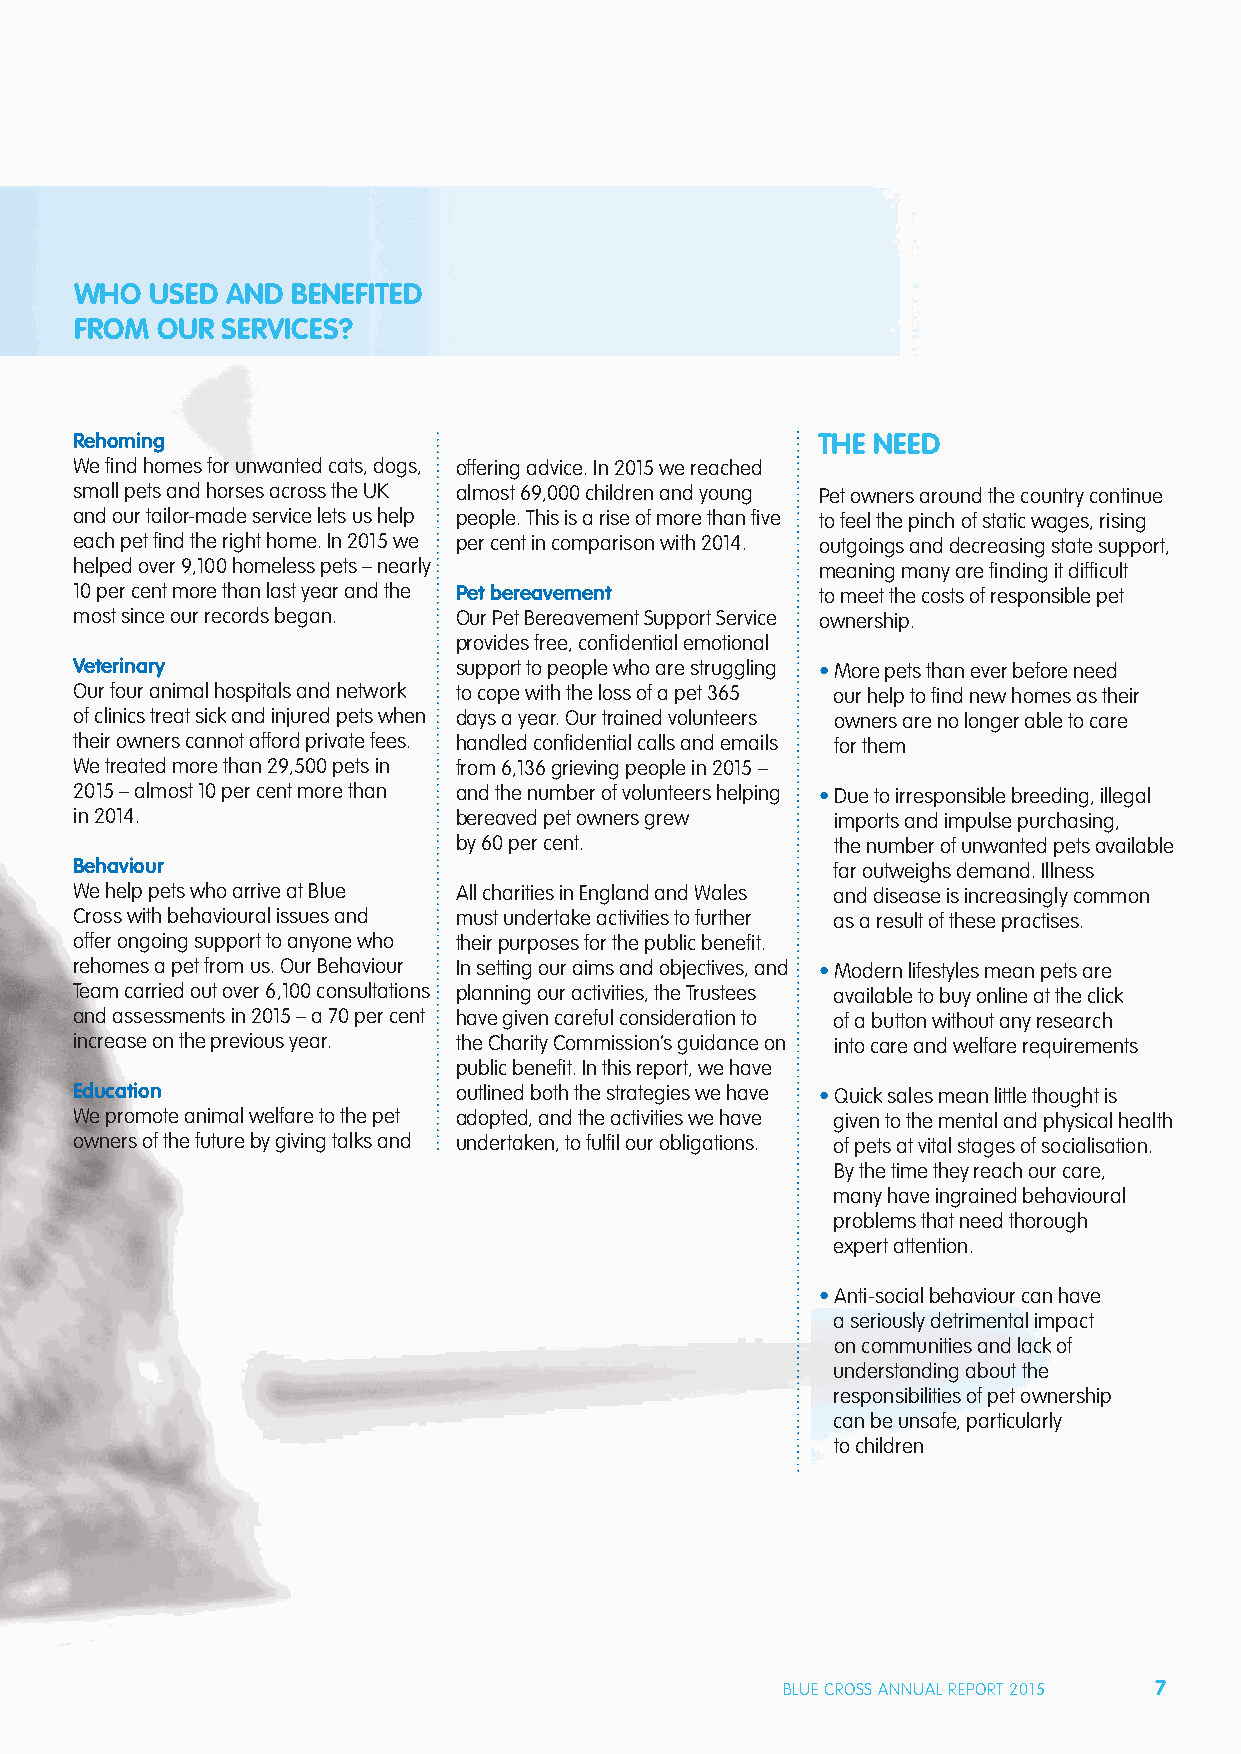
WHO  USED AND BENEFITED
 FROM OUR  SERVICES?
 Rehoming                                         THE NEED
 We fi nd homes for unwanted cats, dogs, offering advice. In 2015 we reached
 small pets and horses across the UK almost 69,000 children and young Pet owners around the country continue
 and our tailor-made service lets us help people. This is a rise of more than fi ve to feel the pinch of static wages, rising
 each pet fi nd the right home. In 2015 we per cent in comparison with 2014. outgoings and decreasing state support,
 helped over 9,100 homeless pets – nearly         meaning many are fi nding it diffi cult
 10 per cent more than last year and the Pet bereavement to meet the costs of responsible pet
 most since our records began. Our Pet Bereavement Support Service ownership.
 provides free, confi dential emotional
 Veterinary               support to people who are struggling • More pets than ever before need
 Our four animal hospitals and network to cope with the loss of a pet 365 our help to fi nd new homes as their
 of clinics treat sick and injured pets when days a year. Our trained volunteers owners are no longer able to care
 their owners cannot afford private fees. handled confi dential calls and emails for them
 We treated more than 29,500 pets in from 6,136 grieving people in 2015 –
 2015 – almost 10 per cent more than and the number of volunteers helping • Due to irresponsible breeding, illegal
 in 2014.                 bereaved pet owners grew imports and impulse purchasing,
 by 60 per cent.          the number of unwanted pets available
 Behaviour                                         far outweighs demand. Illness
 We help pets who arrive at Blue All charities in England and Wales and disease is increasingly common
 Cross with behavioural issues and must undertake activities to further as a result of these practises.
 offer ongoing support to anyone who their purposes for the public benefi t.
 rehomes a pet from us. Our Behaviour In setting our aims and objectives, and • Modern lifestyles mean pets are
 Team carried out over 6,100 consultations planning our activities, the Trustees available to buy online at the click
 and assessments in 2015 – a 70 per cent have given careful consideration to of a button without any research
 increase on the previous year. the Charity Commission’s guidance on into care and welfare requirements
 public benefi t. In this report, we have
 Education                outlined both the strategies we have • Quick sales mean little thought is
 We promote animal welfare to the pet adopted, and the activities we have given to the mental and physical health
 owners of the future by giving talks and undertaken, to fulfi l our obligations. of pets at vital stages of socialisation.
 By the time they reach our care,
 many have ingrained behavioural
 problems that need thorough
 expert attention.
 • Anti-social behaviour can have
 a seriously detrimental impact
 on communities and lack of
 understanding about the
 responsibilities of pet ownership
 can be unsafe, particularly
 to children
 BLUE CROSS ANNUAL REPORT 2015 7